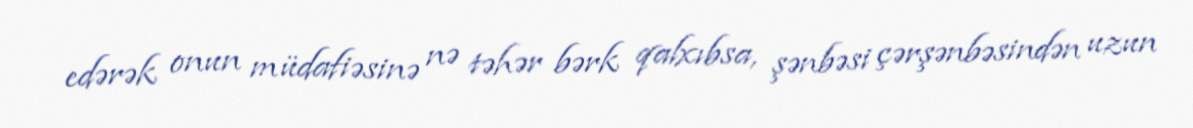
edərək onun müdafiəsinə nə təhər bərk qalxıbsa, şənbəsi çərşənbəsindən uzun